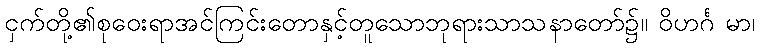
ငှက်တို့၏စုဝေးရာအင်ကြင်းတောနှင့်တူသောဘုရားသာသနာတော်၌။ ဝိဟင်္ဂ မာ၊